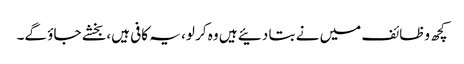
کچھ وظائف میں نے بتا دئیے ہیں وہ کر لو، یہ کافی ہیں، بخشے جاؤ گے۔